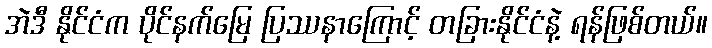
အဲဒီ နိုင်ငံက ပိုင်နက်မြေ ပြဿနာကြောင့် တခြားနိုင်ငံနဲ့ ရန်ဖြစ်တယ်။